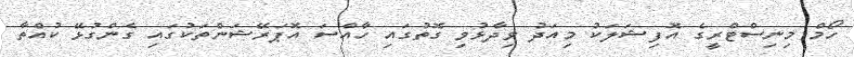
ހޯމް މިނިސްޓްރީގެ އޮފިޝަލަކު މިއަދު ވިދާޅުވި ގޮތުގައި ހާއްސަ އޮޕަރޭޝަންތަކުގައި ގެންގުޅޭ ކުއްތާ